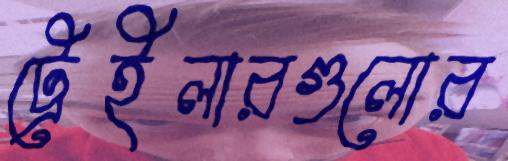
ট্রেইলারগুলোর